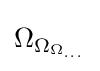
\Omega _{\Omega _{\Omega _{...}}}